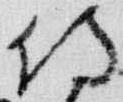
侍